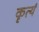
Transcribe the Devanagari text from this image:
कृत्यं